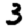
Digit: 3